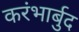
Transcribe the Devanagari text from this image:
करंभार्बुद